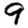
Digit: 9